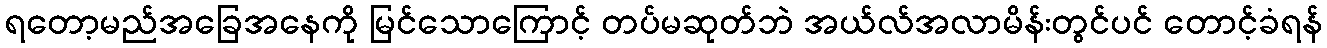
ရတော့မည်အခြေအနေကို မြင်သောကြောင့် တပ်မဆုတ်ဘဲ အယ်လ်အလာမိန်းတွင်ပင် တောင့်ခံရန်